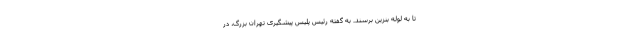
تا به لوله بنزین برسند. به گفته رئیس پلیس پیشگیری تهران بزرگ، در